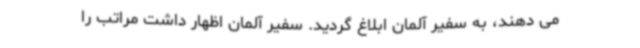
می دهند، به سفیر آلمان ابلاغ گردید. سفیر آلمان اظهار داشت مراتب را